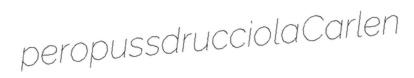
peropus sdrucciola Carlen